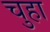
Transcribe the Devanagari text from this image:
चुहा